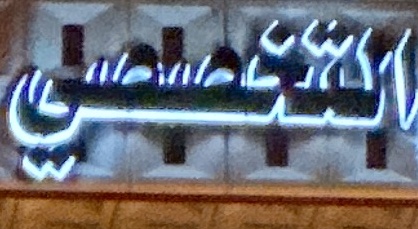
التخصصي